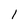
Character: 1